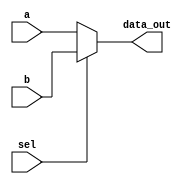
module mux1( a , b ,sel, data_out

);
  input[63:0]  a;
input[63:0]  b;
output reg [63:0]  data_out;
input sel;

always @( sel or a or b)
  begin
    if (sel == 1)
        data_out <= b;
    else 
        data_out <= a;
  end
endmodule